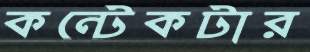
কন্টেকটার